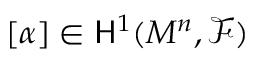
[ \alpha ] \in { \mathsf { H } } ^ { 1 } ( M ^ { n } , { \mathcal F } )